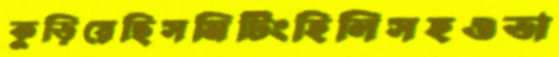
কুড়িয়েছিসমিটিংহিলিসহওভা